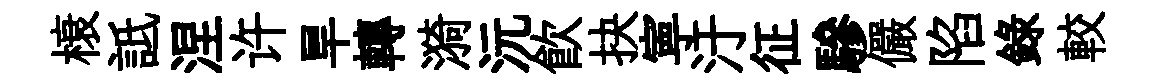
榱詆涅许旱轉漪沅飲抉寕汙征驂儼陷錄較